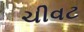
ચીવટ